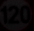
120